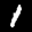
Label: 1